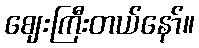
ဈေးကြီးတယ်နော်။